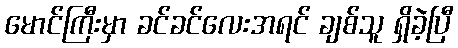
မောင်ကြီးမှာ ခင်ခင်လေးအရင် ချစ်သူ ရှိခဲ့ပြီ